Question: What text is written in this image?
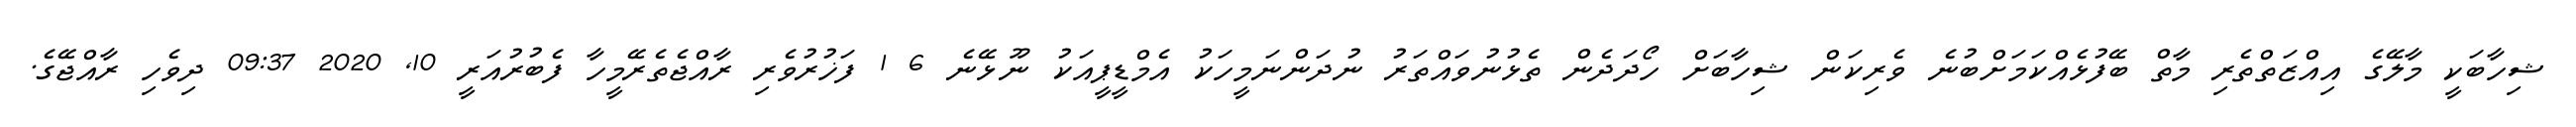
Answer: ޝިހާބަކީ މާލޭގެ އިއްޒަތްތެރި މާތް ބޭފުޅެއްކަމަށްބުނެ ވެރިކަން ޝިހާބަށް ހޯދަދެން ތެޅުނުވައްތަރު ނުދަންނަމީހަކު އެމްޑީޕީއަކު ނޫޅޭނެ 6 1 ފަޚުރުވެރި ރާއްޖެތެރޭމީހާ ފެބުރުއަރީ 10, 2020 09:37 ދިވެހި ރާއްޖޭގެ.